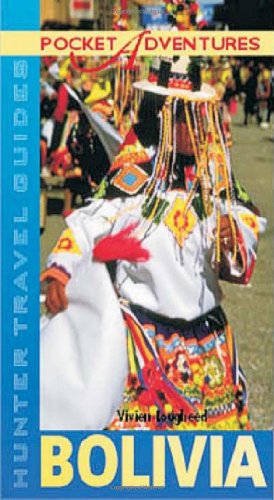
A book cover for Pocket Adventures Bolivia (Pocket Adventures) (Adventure Guide to Bolivia (Pocket)); Vivien Lougheed; Travel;